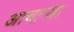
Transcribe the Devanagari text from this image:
आचार्‍या